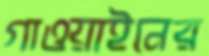
গাওয়াইনের